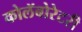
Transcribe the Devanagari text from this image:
कोलॅबोरेटरी